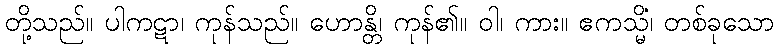
တို့သည်။ ပါကဋာ၊ ကုန်သည်။ ဟောန္တိ၊ ကုန်၏။ ဝါ၊ ကား။ ဧကသ္မိံ၊ တစ်ခုသော